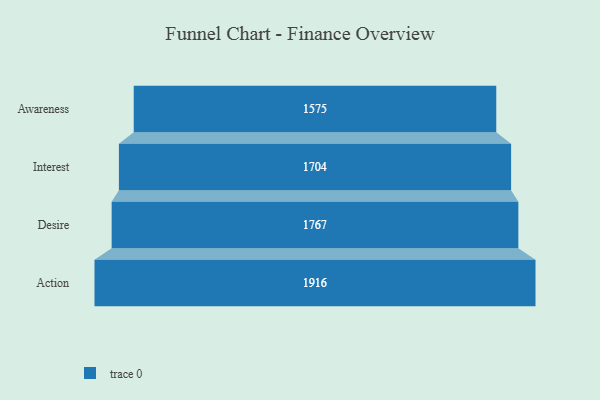
{"axis": {"x": "Stage", "y": "Value"}, "legend": [""], "data": [{"x": "Awareness", "y": 1575.0, "type": ""}, {"x": "Interest", "y": 1704.0, "type": ""}, {"x": "Desire", "y": 1767.0, "type": ""}, {"x": "Action", "y": 1916.0, "type": ""}]}